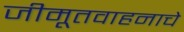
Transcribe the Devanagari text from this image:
जीमूतवाहनाचे